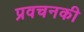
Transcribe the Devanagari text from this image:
प्रवचनकी